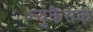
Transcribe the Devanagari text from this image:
न्युकैसक